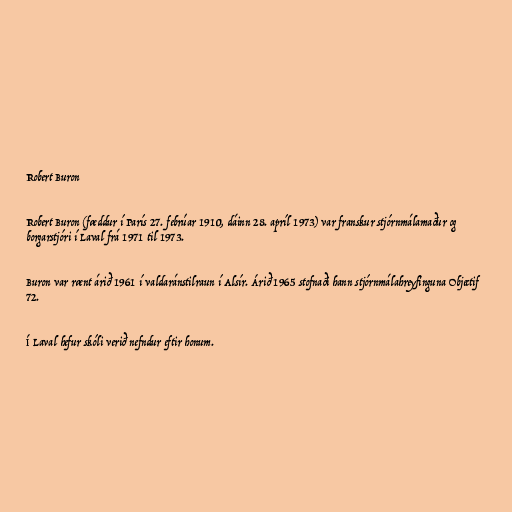
Robert Buron

Robert Buron (fæddur í París 27. febrúar 1910, dáinn 28. apríl 1973) var franskur stjórnmálamaður og
borgarstjóri í Laval frá 1971 til 1973.

Buron var rænt árið 1961 í valdaránstilraun í Alsír. Árið 1965 stofnaði hann stjórnmálahreyfinguna Objectif
72.

Í Laval hefur skóli verið nefndur eftir honum.